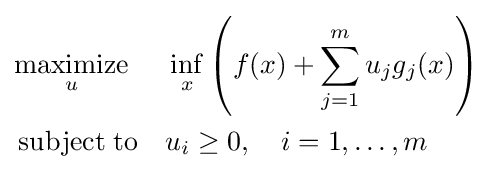
{\begin{aligned}&{\underset {u}{\operatorname {maximize} }}&&\inf _{x}\left(f(x)+\sum _{j=1}^{m}u_{j}g_{j}(x)\right)\\&\operatorname {subject\;to} &&u_{i}\geq 0,\quad i=1,\dots ,m\end{aligned}}